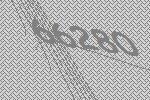
66280